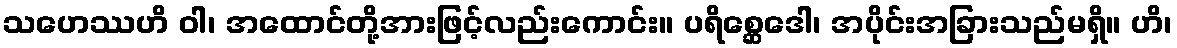
သဟေဿဟိ ဝါ၊ အထောင်တို့အားဖြင့်လည်းကောင်း။ ပရိစ္ဆေဒေါ၊ အပိုင်းအခြားသည်မရှိ။ ဟိ၊